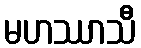
မဟဿာသီ